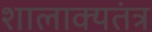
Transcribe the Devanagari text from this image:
शालाक्यतंत्र